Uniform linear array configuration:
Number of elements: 48
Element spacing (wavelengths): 1
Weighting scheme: uniform
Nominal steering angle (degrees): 60
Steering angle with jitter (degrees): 61.732
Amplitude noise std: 0.05
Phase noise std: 0.05

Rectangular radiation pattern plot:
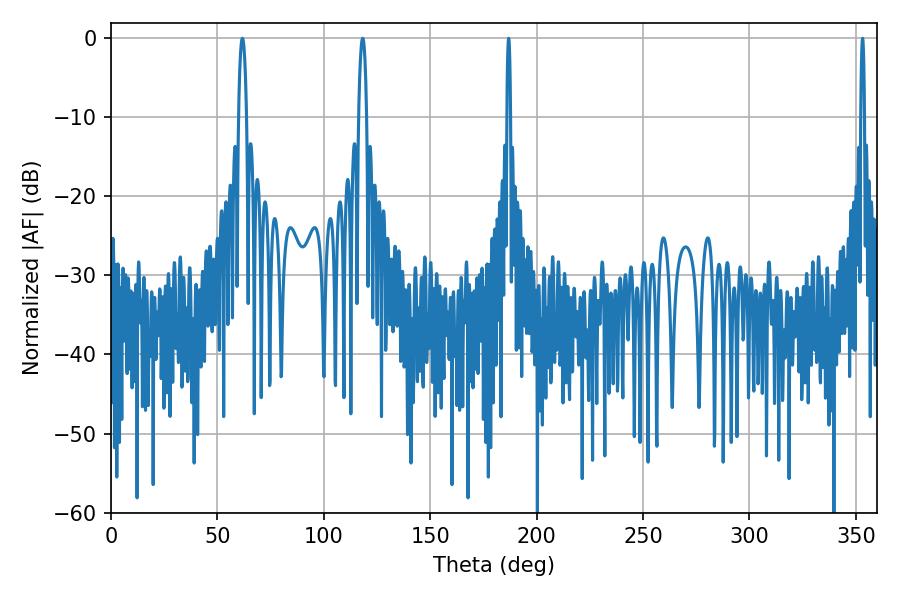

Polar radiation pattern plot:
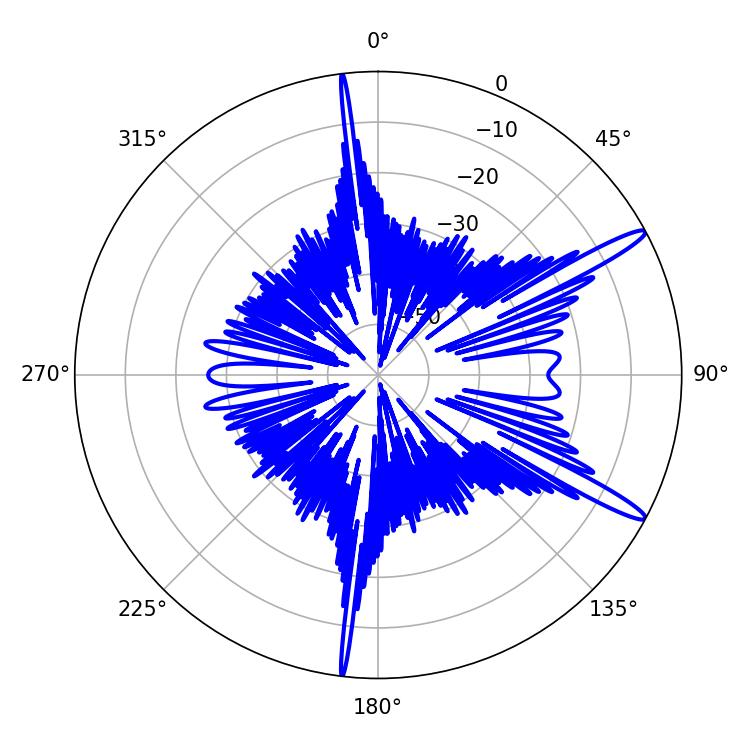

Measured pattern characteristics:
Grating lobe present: TRUE
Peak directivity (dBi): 14.444
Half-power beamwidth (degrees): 2.16
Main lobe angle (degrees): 61.74